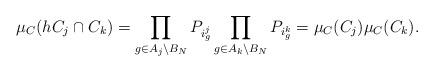
LaTeX: \begin{align*} \mu_{C}(hC_{j}\cap C_{k})=\prod_{g\in A_{j}\setminus B_{N}}P_{i_{g}^{j}}\prod_{g\in A_{k}\setminus B_{N}}P_{i_{g}^{k}} =\mu_{C}(C_{j})\mu_{C}(C_{k}).\end{align*}